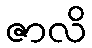
ဇာလိ